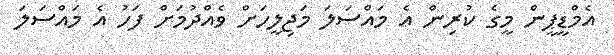
އެމްޑީޕީން މީގެ ކުރިން އެ މައްސަލަ މަޖިލީހަށް ވެއްދުމަށް ފަހު އެ މައްސަލަ